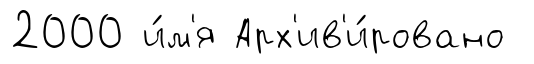
2000 и́м'я Арх'ив'и́ровано